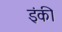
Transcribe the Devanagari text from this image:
इंकी